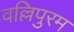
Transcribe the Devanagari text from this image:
वल्लिपुरम